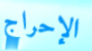
الإحراج